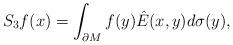
LaTeX: \begin{align*}S_3f(x)=\int_{\partial M}f(y)\hat{E}(x,y)d\sigma(y),\end{align*}